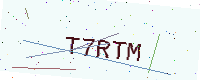
Text: T7RTM